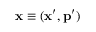
\mathbf { x } \equiv ( \mathbf { x } ^ { \prime } , \mathbf { p } ^ { \prime } )